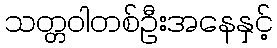
သတ္တဝါတစ်ဦးအနေနှင့်